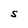
Character: S